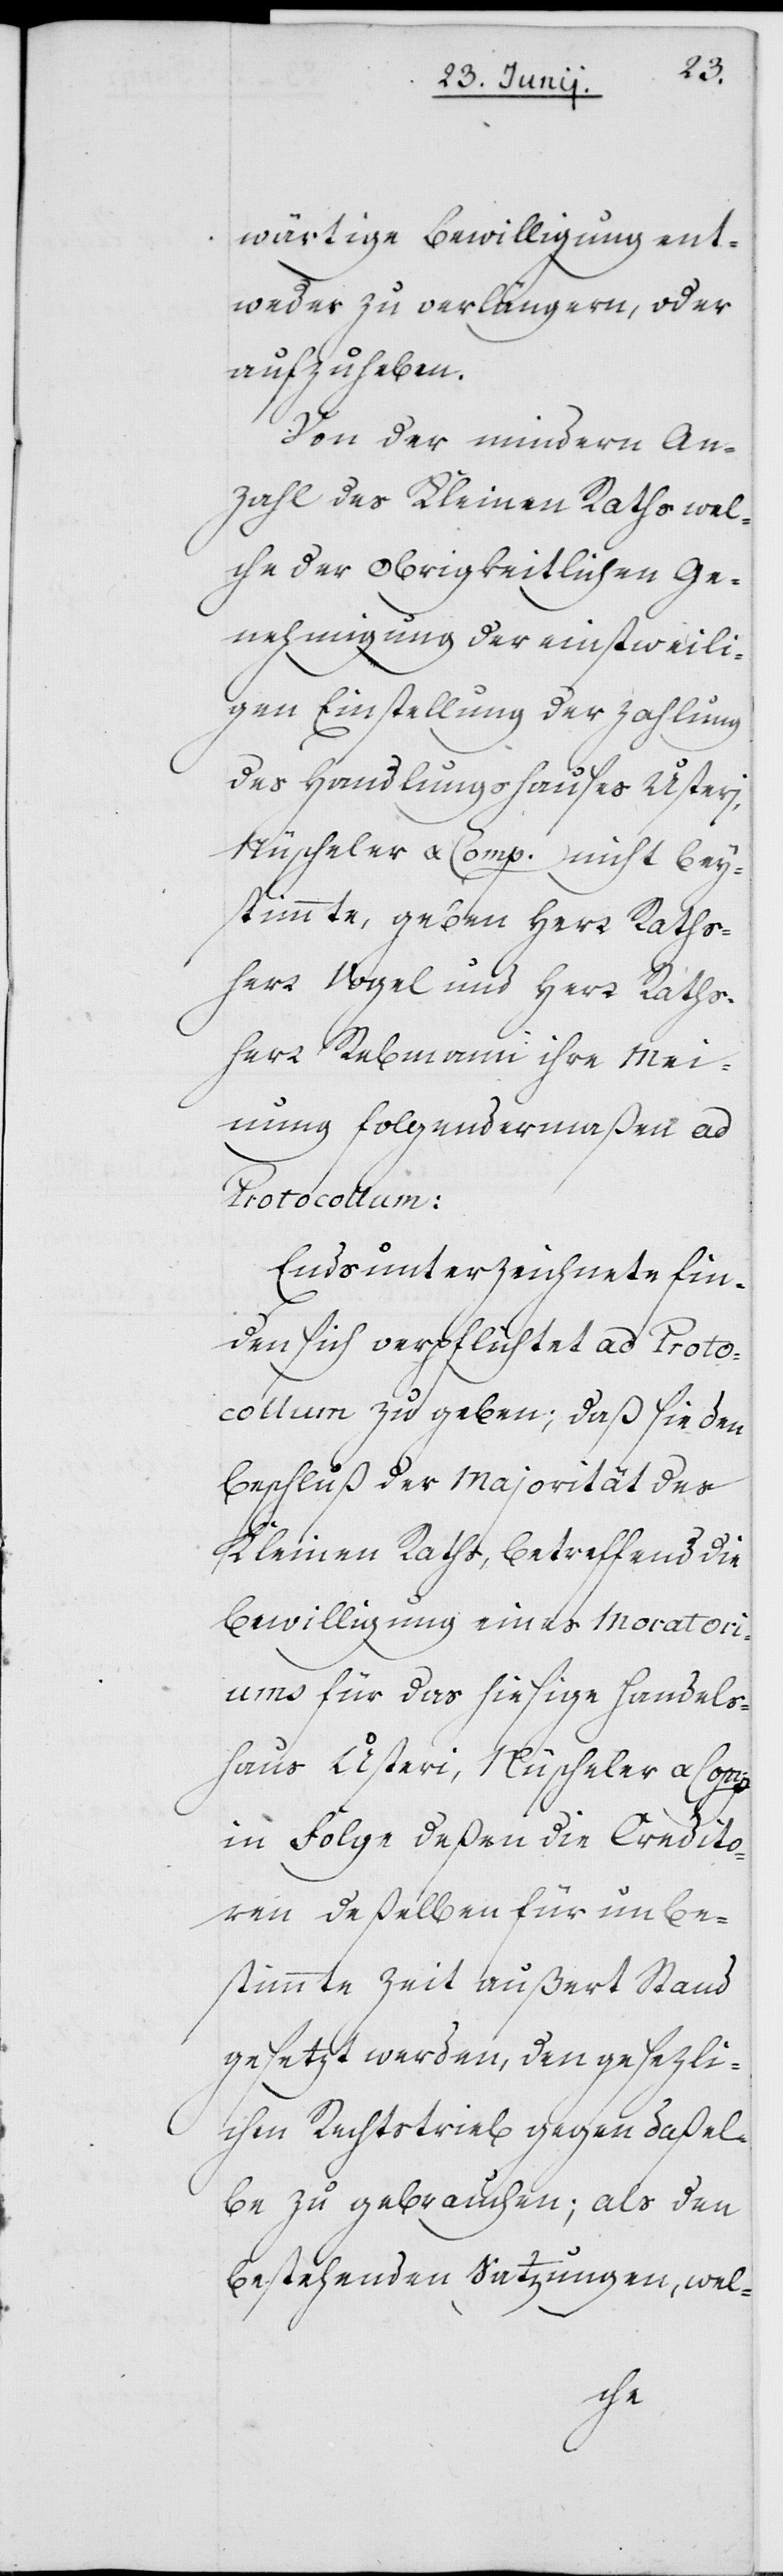
wärtige Bewilligung ent¬
weder zu verlängern, oder
aufzuheben.
Von der mindern An¬
zahl des Kleinen Raths wel¬
che der obrigkeitlichen Ge¬
nehmigung der einstweili¬
gen Einstellung der Zahlung
des Handlungshauses Usteri,
Nüscheler & Comp. nicht bey¬
stimmte, geben Herr Raths¬
herr Vogel und Herr Raths¬
herr Rebmann ihre Mei¬
nung folgendermaßen ad
Protocollum:
Endsunterzeichnete fin¬
den sich verpflichtet ad Proto¬
collum zu geben, daß sie den
Beschluß der Majorität des
Kleinen Raths, betreffend die
Bewilligung eines Moratori¬
ums für das hiesige Handels¬
haus Usteri, Nüscheler & Comp.
in Folge deßen die Credito¬
ren deßelben für unbe¬
stimmte Zeit außert Stand
gesetzt werden, den gesezli¬
chen Rechtstrieb gegen daßel¬
be zu gebrauchen; als den
bestehenden Satzungen, wel-